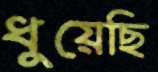
ধুয়েছি